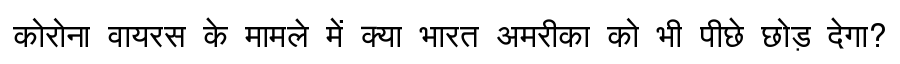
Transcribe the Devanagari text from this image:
कोरोना वायरस के मामले में क्या भारत अमरीका को भी पीछे छोड़ देगा?